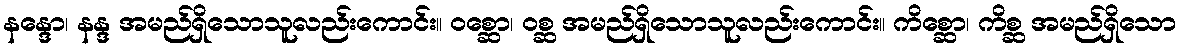
နန္ဒော၊ နန္ဒ အမည်ရှိသောသူလည်းကောင်း။ ဝစ္ဆော၊ ဝစ္ဆ အမည်ရှိသောသူလည်းကောင်း။ ကိစ္ဆော၊ ကိစ္ဆ အမည်ရှိသော